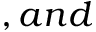
, a n d